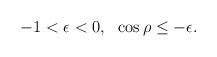
LaTeX: \begin{align*}-1 <\epsilon <0, \ \ \cos\rho \le -\epsilon .\end{align*}